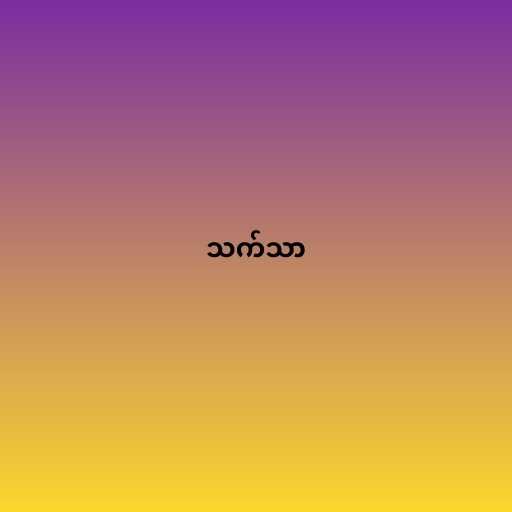
သက်သာ